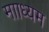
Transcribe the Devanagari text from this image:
मााध्यम